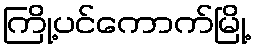
ကြို့ပင်ကောက်မြို့